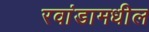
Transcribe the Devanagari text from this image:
रवांडामधील